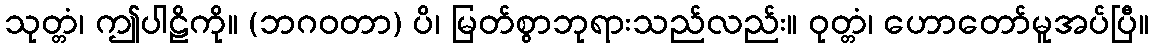
သုတ္တံ၊ ဤပါဠိကို။ (ဘဂဝတာ) ပိ၊ မြတ်စွာဘုရားသည်လည်း။ ဝုတ္တံ၊ ဟောတော်မူအပ်ပြီ။